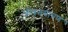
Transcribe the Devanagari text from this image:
जीवनयापण